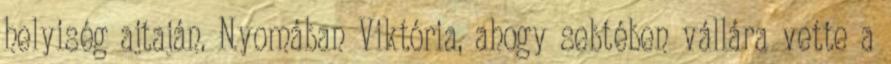
helyiség ajtaján. Nyomában Viktória, ahogy sebtében vállára vette a